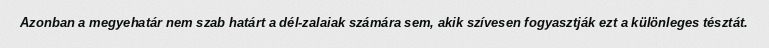
Azonban a megyehatár nem szab határt a dél-zalaiak számára sem, akik szívesen fogyasztják ezt a különleges tésztát.